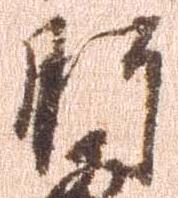
肝